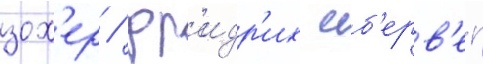
зох'ер / фр'идр'их иб'ерв'ег